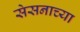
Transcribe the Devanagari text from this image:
सेसनाच्या